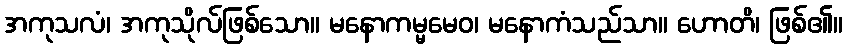
အကုသလံ၊ အကုသိုလ်ဖြစ်သော။ မနောကမ္မမေဝ၊ မနောကံသည်သာ။ ဟောတိ၊ ဖြစ်၏။